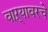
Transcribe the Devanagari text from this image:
वाऱ्यावरचे